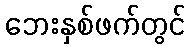
ဘေးနှစ်ဖက်တွင်